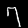
Digit: 7